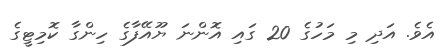
އެވެ. އަދި މި މަހުގެ 20 ގައި އޮންނަ ޔޫއޭފާގެ ހިންގާ ކޮމިޓީގެ